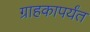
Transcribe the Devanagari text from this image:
ग्राहकापर्यंत